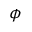
\phi